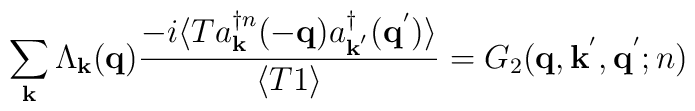
\sum_{ {\bf{k}} } \Lambda_{ {\bf{k}} } ({\bf{q}})\frac{ -i\langle T a^{\dagger n}_{ {\bf{k}} }(-{\bf{q}})a^{\dagger}_{ {\bf{k}}^{'} }({\bf{q}}^{'}) \rangle }{\langle T 1 \rangle} = G_{2}( {\bf{q}}, {\bf{k}}^{'}, {\bf{q}}^{'}; n)